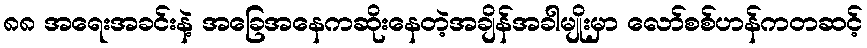
၈၈ အရေးအခင်းနဲ့ အခြေအနေကဆိုးနေတဲ့အချိန်အခါမျိုးမှာ လော်စစ်ဟန်ကတဆင့်